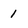
Character: 1